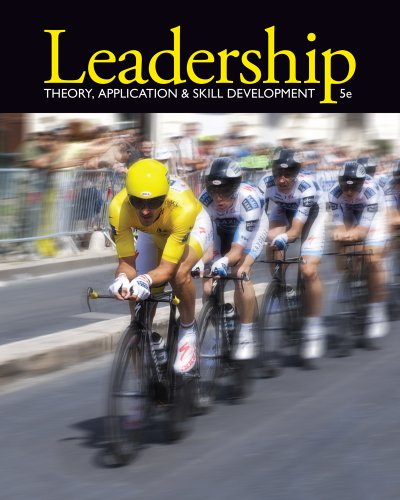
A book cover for Leadership: Theory, Application, & Skill Development; Robert N. Lussier; Business & Money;